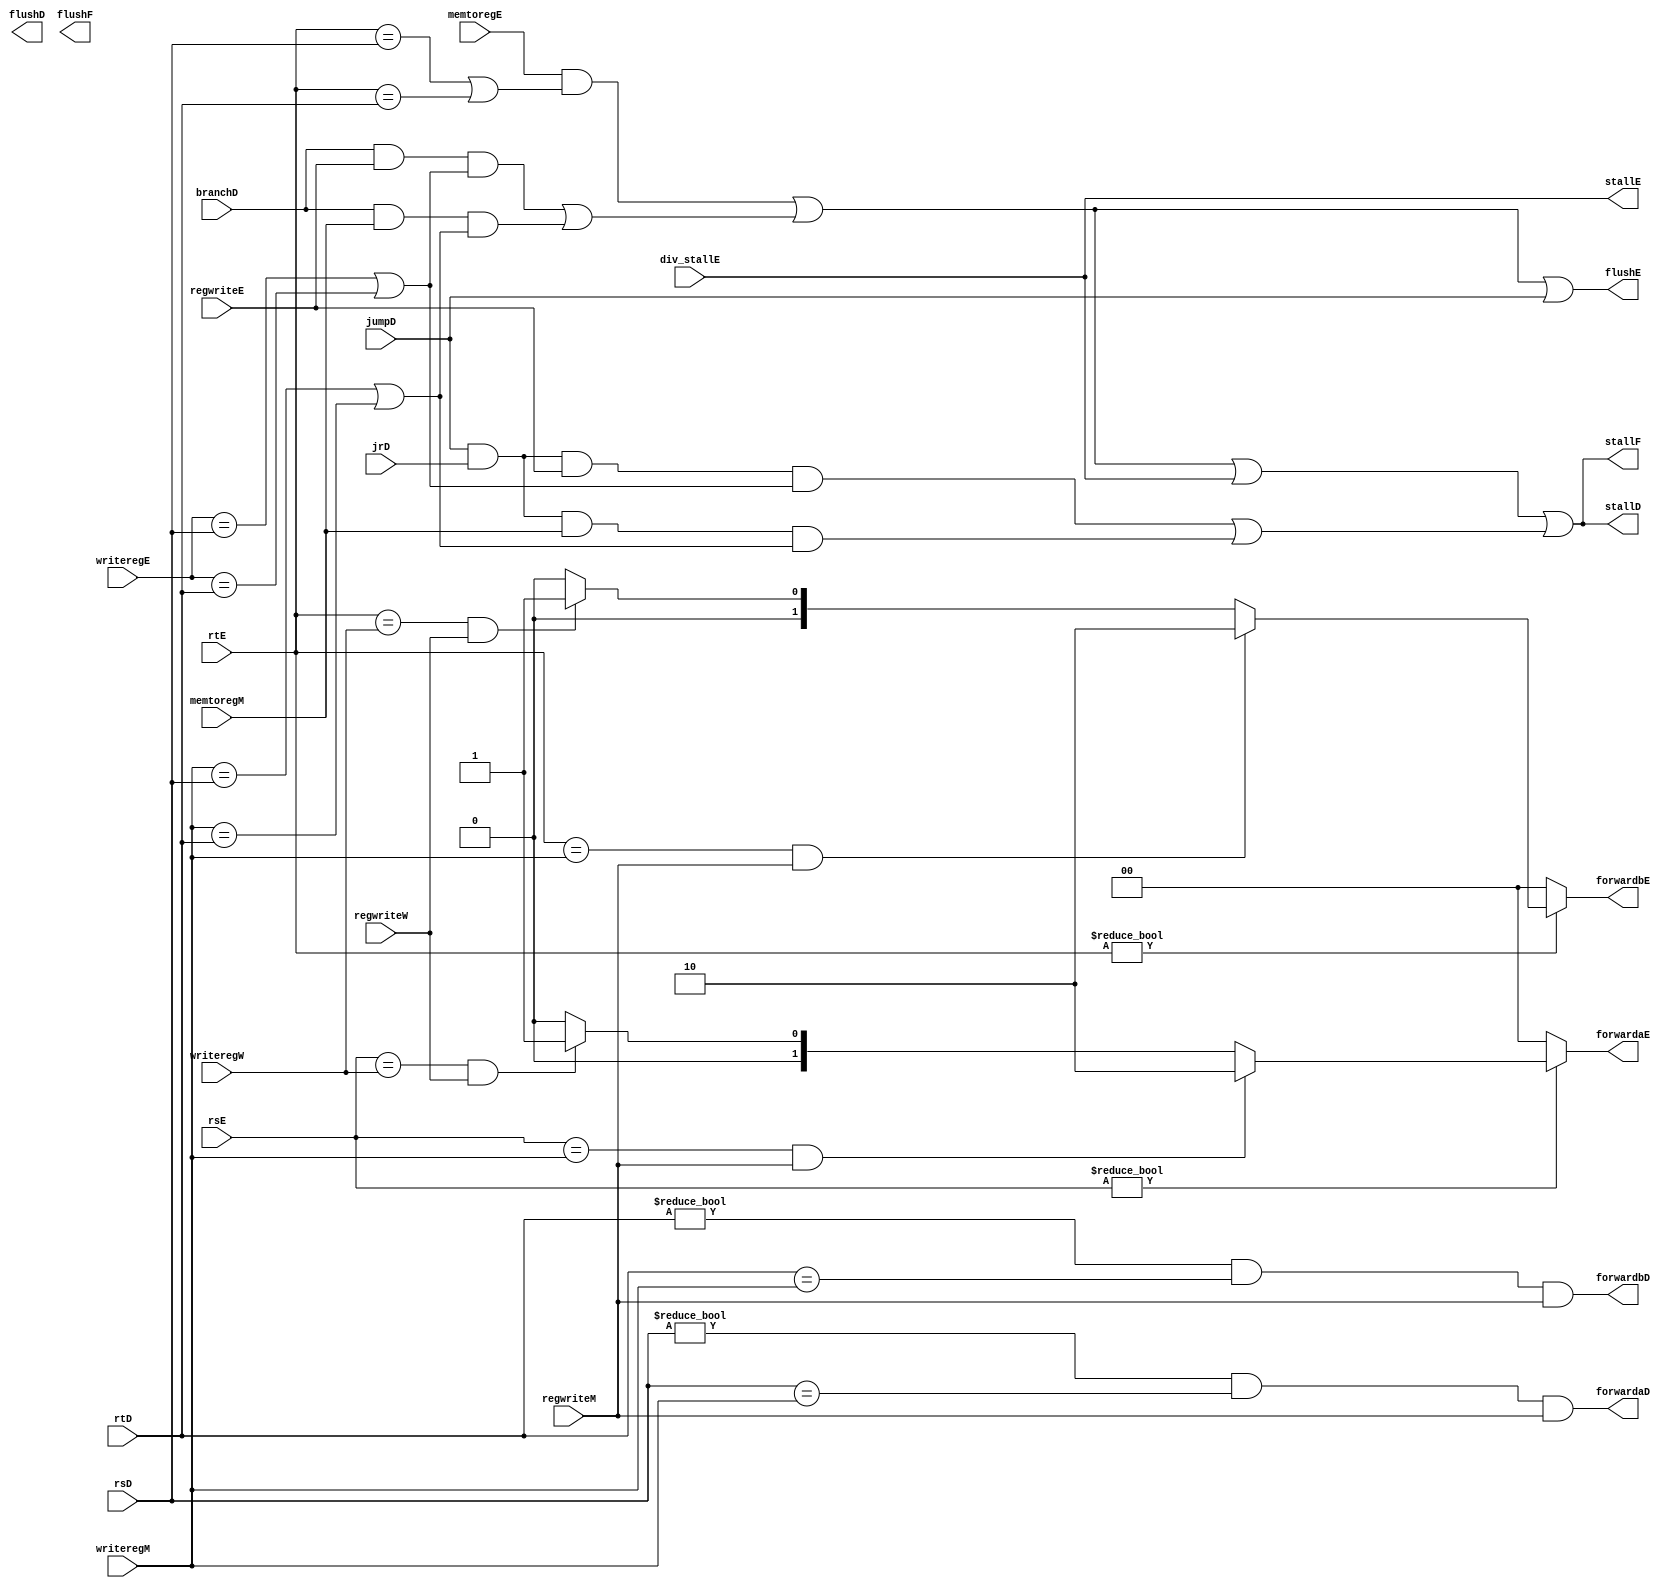
`timescale 1ns / 1ps
//////////////////////////////////////////////////////////////////////////////////
// Company: 
// Engineer: 
// 
// Design Name: 
// Module Name: hazard
// Project Name: 
// Target Devices: 
// Tool Versions: 
// Description: 
// 
// Dependencies: 
// 
// Revision:
// Revision 0.01 - File Created
// Additional Comments:
// 
//////////////////////////////////////////////////////////////////////////////////


module hazard(
	//fetch stage
	output wire stallF,
	//decode stage
	input wire[4:0] rsD,rtD,
	input wire branchD, 
	input wire jumpD, jrD,
	output wire forwardaD,forwardbD,
	output wire stallD,
	output flushD,
	//execute stage
	input wire[4:0] rsE,rtE,
	input wire[4:0] writeregE,
	input wire regwriteE,
	input wire memtoregE,
	input wire div_stallE,
	output reg[1:0] forwardaE,forwardbE,
	output wire flushF, flushE,
	output wire stallE,
	//mem stage
	input wire[4:0] writeregM,
	input wire regwriteM,
	input wire memtoregM,

	//write back stage
	input wire[4:0] writeregW,
	input wire regwriteW
    );


	wire lwstallD, branchstallD;
	wire jrstall;

	//forwarding sources to D stage (branch equality)
	assign forwardaD = (rsD != 0 & rsD == writeregM & regwriteM);
	assign forwardbD = (rtD != 0 & rtD == writeregM & regwriteM);
	
	//forwarding sources to E stage (ALU)
	// TODO 
	always @(*) begin
		forwardaE = 2'b00;
		forwardbE = 2'b00;
		if(rsE != 0) begin
			/* code */
			if(rsE == writeregM & regwriteM) begin
				/* code */
				forwardaE = 2'b10;
			end else if(rsE == writeregW & regwriteW) begin
				/* code */
				forwardaE = 2'b01;
			end
		end
		if(rtE != 0) begin
			/* code */
			if(rtE == writeregM & regwriteM) begin
				/* code */
				forwardbE = 2'b10;
			end else if(rtE == writeregW & regwriteW) begin
				/* code */
				forwardbE = 2'b01;
			end
		end
	end

	//stalls
	assign lwstallD = memtoregE & (rtE == rsD | rtE == rtD); // TODO : rtE == rtD
	assign branchstallD =  //       // (i)      // (ii)
							((branchD & regwriteE & (writeregE == rsD | writeregE == rtD)) | 
							 (branchD & memtoregM & (writeregM == rsD | writeregM == rtD))); 

	assign jrstall =  // jrjalrtemp   // (i)   // (ii)
	 				 (jumpD & jrD & regwriteE & (writeregE == rsD | writeregE == rtD)) |
					 (jumpD & jrD & memtoregM & (writeregM == rsD | writeregM == rtD));
	
	assign stallF = (lwstallD |branchstallD | div_stallE | jrstall);
				
	assign stallD = stallF;

	assign stallE = div_stallE;

	assign stallW = 0;
	
	assign flushE = (lwstallD | branchstallD | jumpD);
endmodule